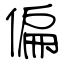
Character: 偏